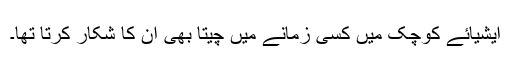
ایشیائے کوچک میں کسی زمانے میں چیتا بھی ان کا شکار کرتا تھا۔